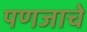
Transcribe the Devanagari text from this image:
पणजाचे